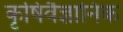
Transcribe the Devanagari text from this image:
कृषिवैज्ञानिक